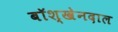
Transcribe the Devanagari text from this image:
बॉश्खेनदाल